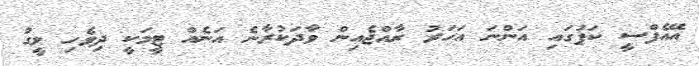
އޭއެފްސީ ކަޕުގައި އަންނަ އަހަރު ރާއްޖެއިން ވާދަކުރާނެ އަނެއް ޓީމަކީ ދިވެހި ލީގު